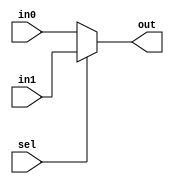
// This program was cloned from: https://github.com/MihVuongNguyen/RISC-V
// License: Apache License 2.0

module mux #(
    parameter DATA_WIDTH = 32
) (
    input [DATA_WIDTH - 1 : 0] in0, in1,
    input sel,
    output [DATA_WIDTH - 1 : 0] out
);

assign out = (sel)? in1 : in0 ;
    
endmodule